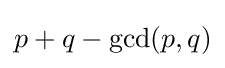
p+q-\gcd(p,q)